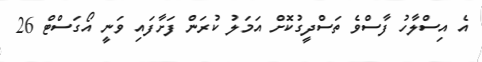
އެ އިސްލާހު ފާސްވެ ތަސްދީގުކޮށް އަމަލު ކުރަން ފަށާފައި ވަނީ އޯގަސްޓް 26